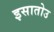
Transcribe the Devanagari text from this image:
इसातोउ